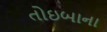
તોઇબાના